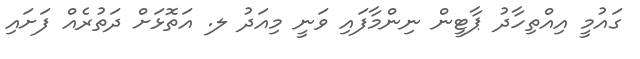
ގައުމީ އިއްތިހާދު ޕާޓީން ނިންމާފައި ވަނީ މިއަދު ލ. އަތޮޅަށް ދަތުރެއް ފަށައި